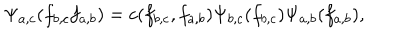
LaTeX: \Psi _ { a , c } ( f _ { b , c } f _ { a , b } ) = c ( f _ { b , c } , f _ { a , b } ) \Psi _ { b , c } ( f _ { b , c } ) \Psi _ { a , b } ( f _ { a , b } ) ,